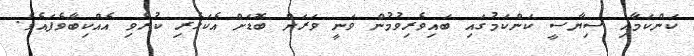
ކަންކަމާއި ސިޔާސީ ކަންކަމުގައި ބައިވެރިވުމުން ވަނީ ވަރަށް ބޮޑަށް އެކަހެރި ކުރެވި އެއްކިބާވެފައެވެ.